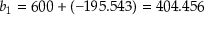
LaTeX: b _ { 1 } = 6 0 0 + ( - 1 9 5 . 5 4 3 ) = 4 0 4 . 4 5 6